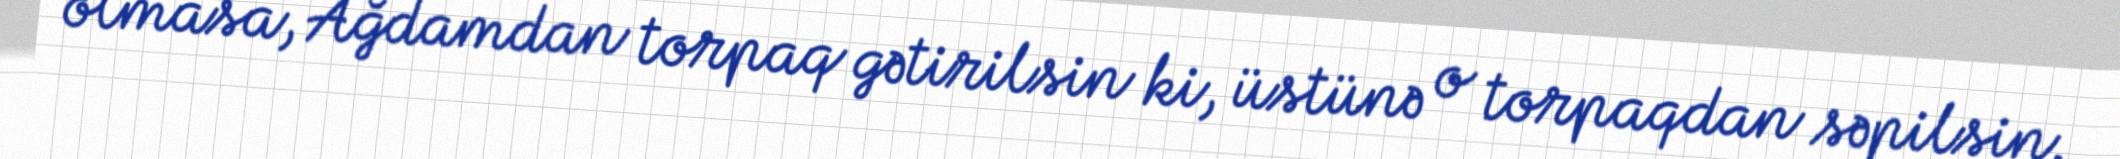
olmasa, Ağdamdan torpaq gətirilsin ki, üstünə o torpaqdan səpilsin.